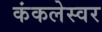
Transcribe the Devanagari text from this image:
कंकलेस्वर